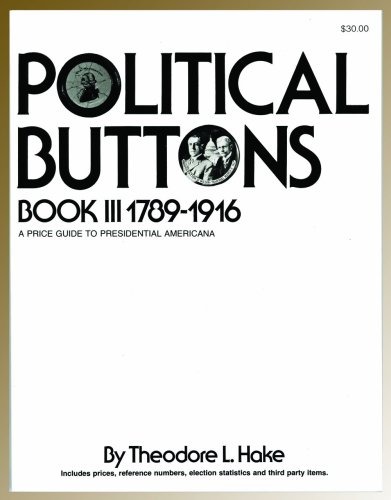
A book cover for Political Buttons, Book III 1789-1916: A Price Guide to Presidential Americana; Theodore L. Hake; Crafts, Hobbies & Home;